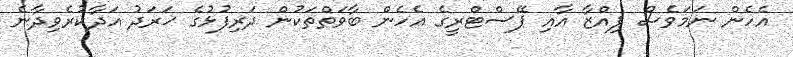
އެހެން ނަމަވެސް ޕިއްޒާ އާއި ޕޭސްޓްރީގެ އެހެން ބާވަތްތަކުން ދަރިފުޅުގެ ޚަރަދު އަދާކުރެވިދާނެ